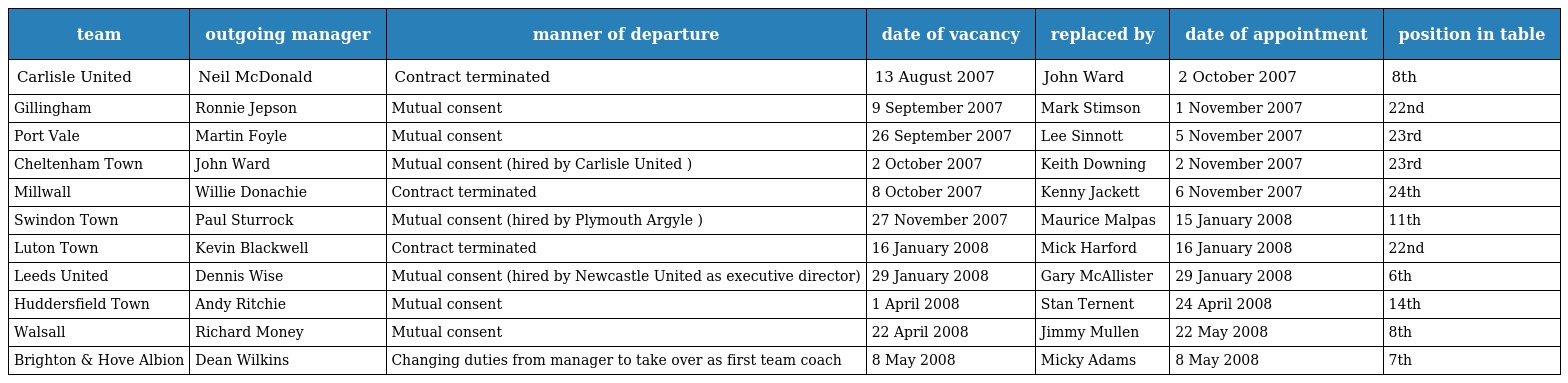
| team | outgoing manager | manner of departure | date of vacancy | replaced by | date of appointment | position in table |
 | --- | --- | --- | --- | --- | --- | --- |
 | Carlisle United | Neil McDonald | Contract terminated | 13 August 2007 | John Ward | 2 October 2007 | 8th |
 | Gillingham | Ronnie Jepson | Mutual consent | 9 September 2007 | Mark Stimson | 1 November 2007 | 22nd |
 | Port Vale | Martin Foyle | Mutual consent | 26 September 2007 | Lee Sinnott | 5 November 2007 | 23rd |
 | Cheltenham Town | John Ward | Mutual consent (hired by Carlisle United ) | 2 October 2007 | Keith Downing | 2 November 2007 | 23rd |
 | Millwall | Willie Donachie | Contract terminated | 8 October 2007 | Kenny Jackett | 6 November 2007 | 24th |
 | Swindon Town | Paul Sturrock | Mutual consent (hired by Plymouth Argyle ) | 27 November 2007 | Maurice Malpas | 15 January 2008 | 11th |
 | Luton Town | Kevin Blackwell | Contract terminated | 16 January 2008 | Mick Harford | 16 January 2008 | 22nd |
 | Leeds United | Dennis Wise | Mutual consent (hired by Newcastle United as executive director) | 29 January 2008 | Gary McAllister | 29 January 2008 | 6th |
 | Huddersfield Town | Andy Ritchie | Mutual consent | 1 April 2008 | Stan Ternent | 24 April 2008 | 14th |
 | Walsall | Richard Money | Mutual consent | 22 April 2008 | Jimmy Mullen | 22 May 2008 | 8th |
 | Brighton & Hove Albion | Dean Wilkins | Changing duties from manager to take over as first team coach | 8 May 2008 | Micky Adams | 8 May 2008 | 7th |